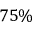
7 5 \%